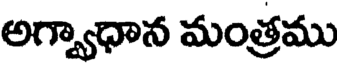
అగ్వాధాన మంత్రము